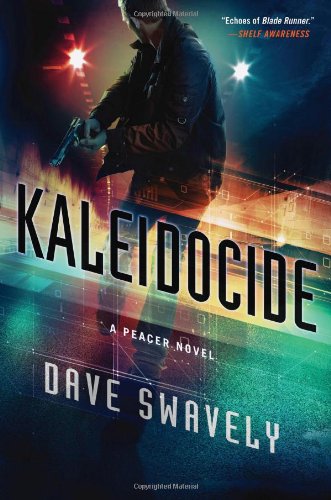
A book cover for Kaleidocide: A Peacer Novel (The Peacer Series); Dave Swavely; Science Fiction & Fantasy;